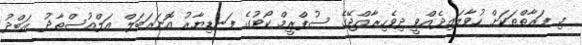
މި ފަރާތްތަކަށް ހުވާލައިދެއްވީ ދިވެހިރާއްޖޭގެ ސުޕްރީމް ކޯޓުގެ ފަނޑިޔާރު އޮނަރަބަލް އަލްއުސްތާޛު ޢަބްދު